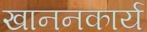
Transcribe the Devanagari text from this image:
खाननकार्य